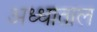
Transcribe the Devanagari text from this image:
अध्धाताल